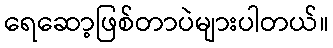
ရေဆော့ဖြစ်တာပဲများပါတယ်။